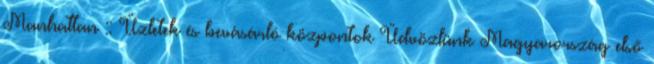
Manhattan :: Üzletek és bevásárló központok Üdvözlünk Magyarország első